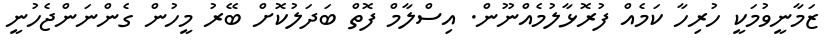
ޒަމާނީވުމަކީ ހުރިހާ ކަމެއް ފުރޮޅާލުމެއްނޫން. އިސްލާމް ފޮތް ބަދަލުކޮށް ބޭރު މީހުން ގެންނަންޖެހުނީ